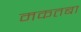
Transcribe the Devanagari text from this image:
मकतबा